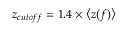
z _ { c u t o f f } = 1 . 4 \times \left< z ( f ) \right>